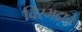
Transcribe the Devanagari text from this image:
विरभद्राचे